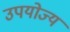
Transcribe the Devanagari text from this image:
उपयोज्य